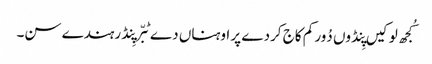
کُجھ لوکیں پِنڈوں دُور کم کاج کردے پر اوہناں دے ٹبّر پِنڈ رہندے سن۔